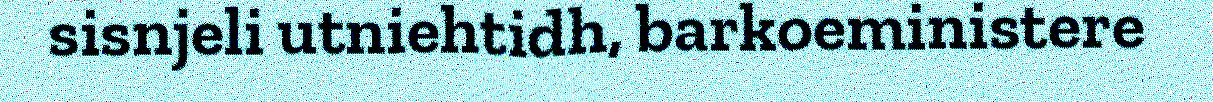
sisnjeli utniehtidh, barkoeministere